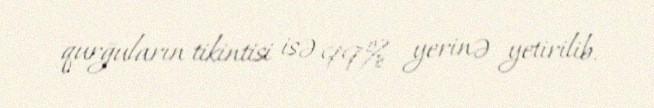
qurğuların tikintisi isə 99% yerinə yetirilib.